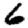
Digit: 6